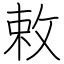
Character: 敕